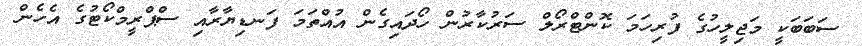
ސަބަބަކީ މަޖިލީހުގެ ފުރިހަމަ ކޮންޓްރޯލް ސަރުކާރުން ހޯދައިގެން އުއްތަމަ ފަނޑިޔާރާއި ސްޕްރީމްކޯޓުގެ އެހެން